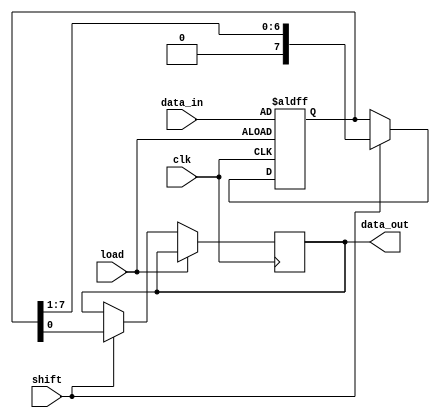
module PISO_Register (
    input wire [7:0] data_in,   // 8-bit parallel data input
    input wire load,            // Asynchronous load control signal
    input wire shift,           // Shift control signal
    input wire clk,             // Clock signal
    output reg data_out         // Serial data output
);

    reg [7:0] shift_reg;        // Internal 8-bit shift register

    always @(posedge clk or posedge load) begin
        if (load) begin
            // Load data into the shift register
            shift_reg <= data_in;
        end else if (shift) begin
            // Shift data out serially
            data_out <= shift_reg[0]; // Output the LSB
            shift_reg <= {1'b0, shift_reg[7:1]}; // Shift left, fill LSB with 0
        end
    end

endmodule